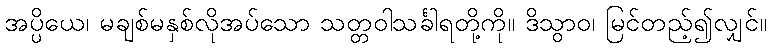
အပ္ပိယေ၊ မချစ်မနှစ်လိုအပ်သော သတ္တဝါသင်္ခါရတို့ကို။ ဒိသွာဝ၊ မြင်တည့်၍လျှင်။